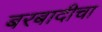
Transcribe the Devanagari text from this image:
बरबादीचा